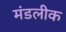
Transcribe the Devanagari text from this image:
मंडलीक